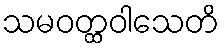
သမဝတ္ထဝါသေတိ